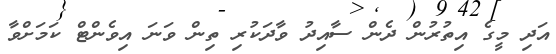
އަދި މީގެ އިތުރުން ދެން ސާއިދު ވާދަކުރި ތިން ވަނަ އިވެންޓް ކަމަށްވާ